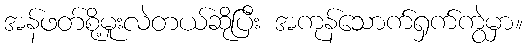
အန်ဖတ်စို့မူးလဲတယ်ဆိုပြီး အကုန်သောက်ရှက်ကွဲမှာ။